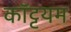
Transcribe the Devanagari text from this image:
कॉट्टयम